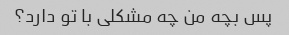
پس بچه من چه مشکلی با تو دارد؟